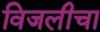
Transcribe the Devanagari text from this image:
विजलीचा